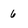
Character: 6